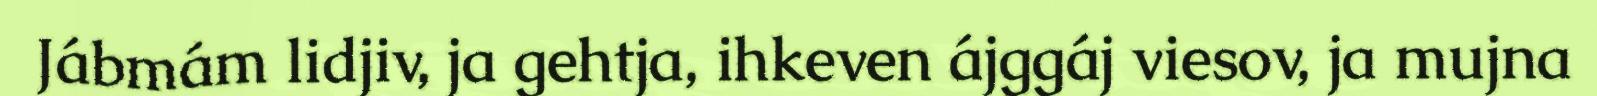
Jábmám lidjiv, ja gehtja, ihkeven ájggáj viesov, ja mujna